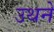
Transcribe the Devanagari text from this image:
उथने